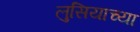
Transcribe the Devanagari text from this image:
लुसियाच्या